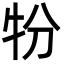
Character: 㸮